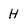
Character: H